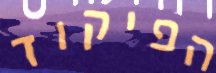
הפיקוד